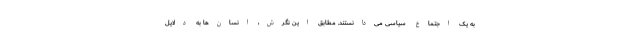
به یک اجتماع سیاسی می‌دانستند. مطابق این نگرش، انسان‌ها به دلایل